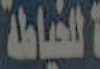
للخياطة